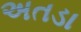
અતડા